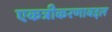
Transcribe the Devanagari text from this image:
एकत्रीकरणाबद्दल